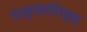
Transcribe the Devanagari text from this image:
वेदकृत्सर्ववेदकृत्